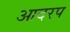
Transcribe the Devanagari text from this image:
आदरप